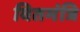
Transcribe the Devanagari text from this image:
वितमंत्रि